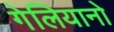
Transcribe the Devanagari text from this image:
गेलियानो